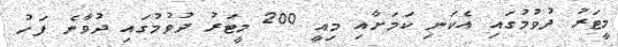
މީޓަރު ދުވުމުގައި އެކަނި ކަމަށާއި މިއީ 200 މީޓަރު ދުވުމުގައި ދުވާނެ ފަހު